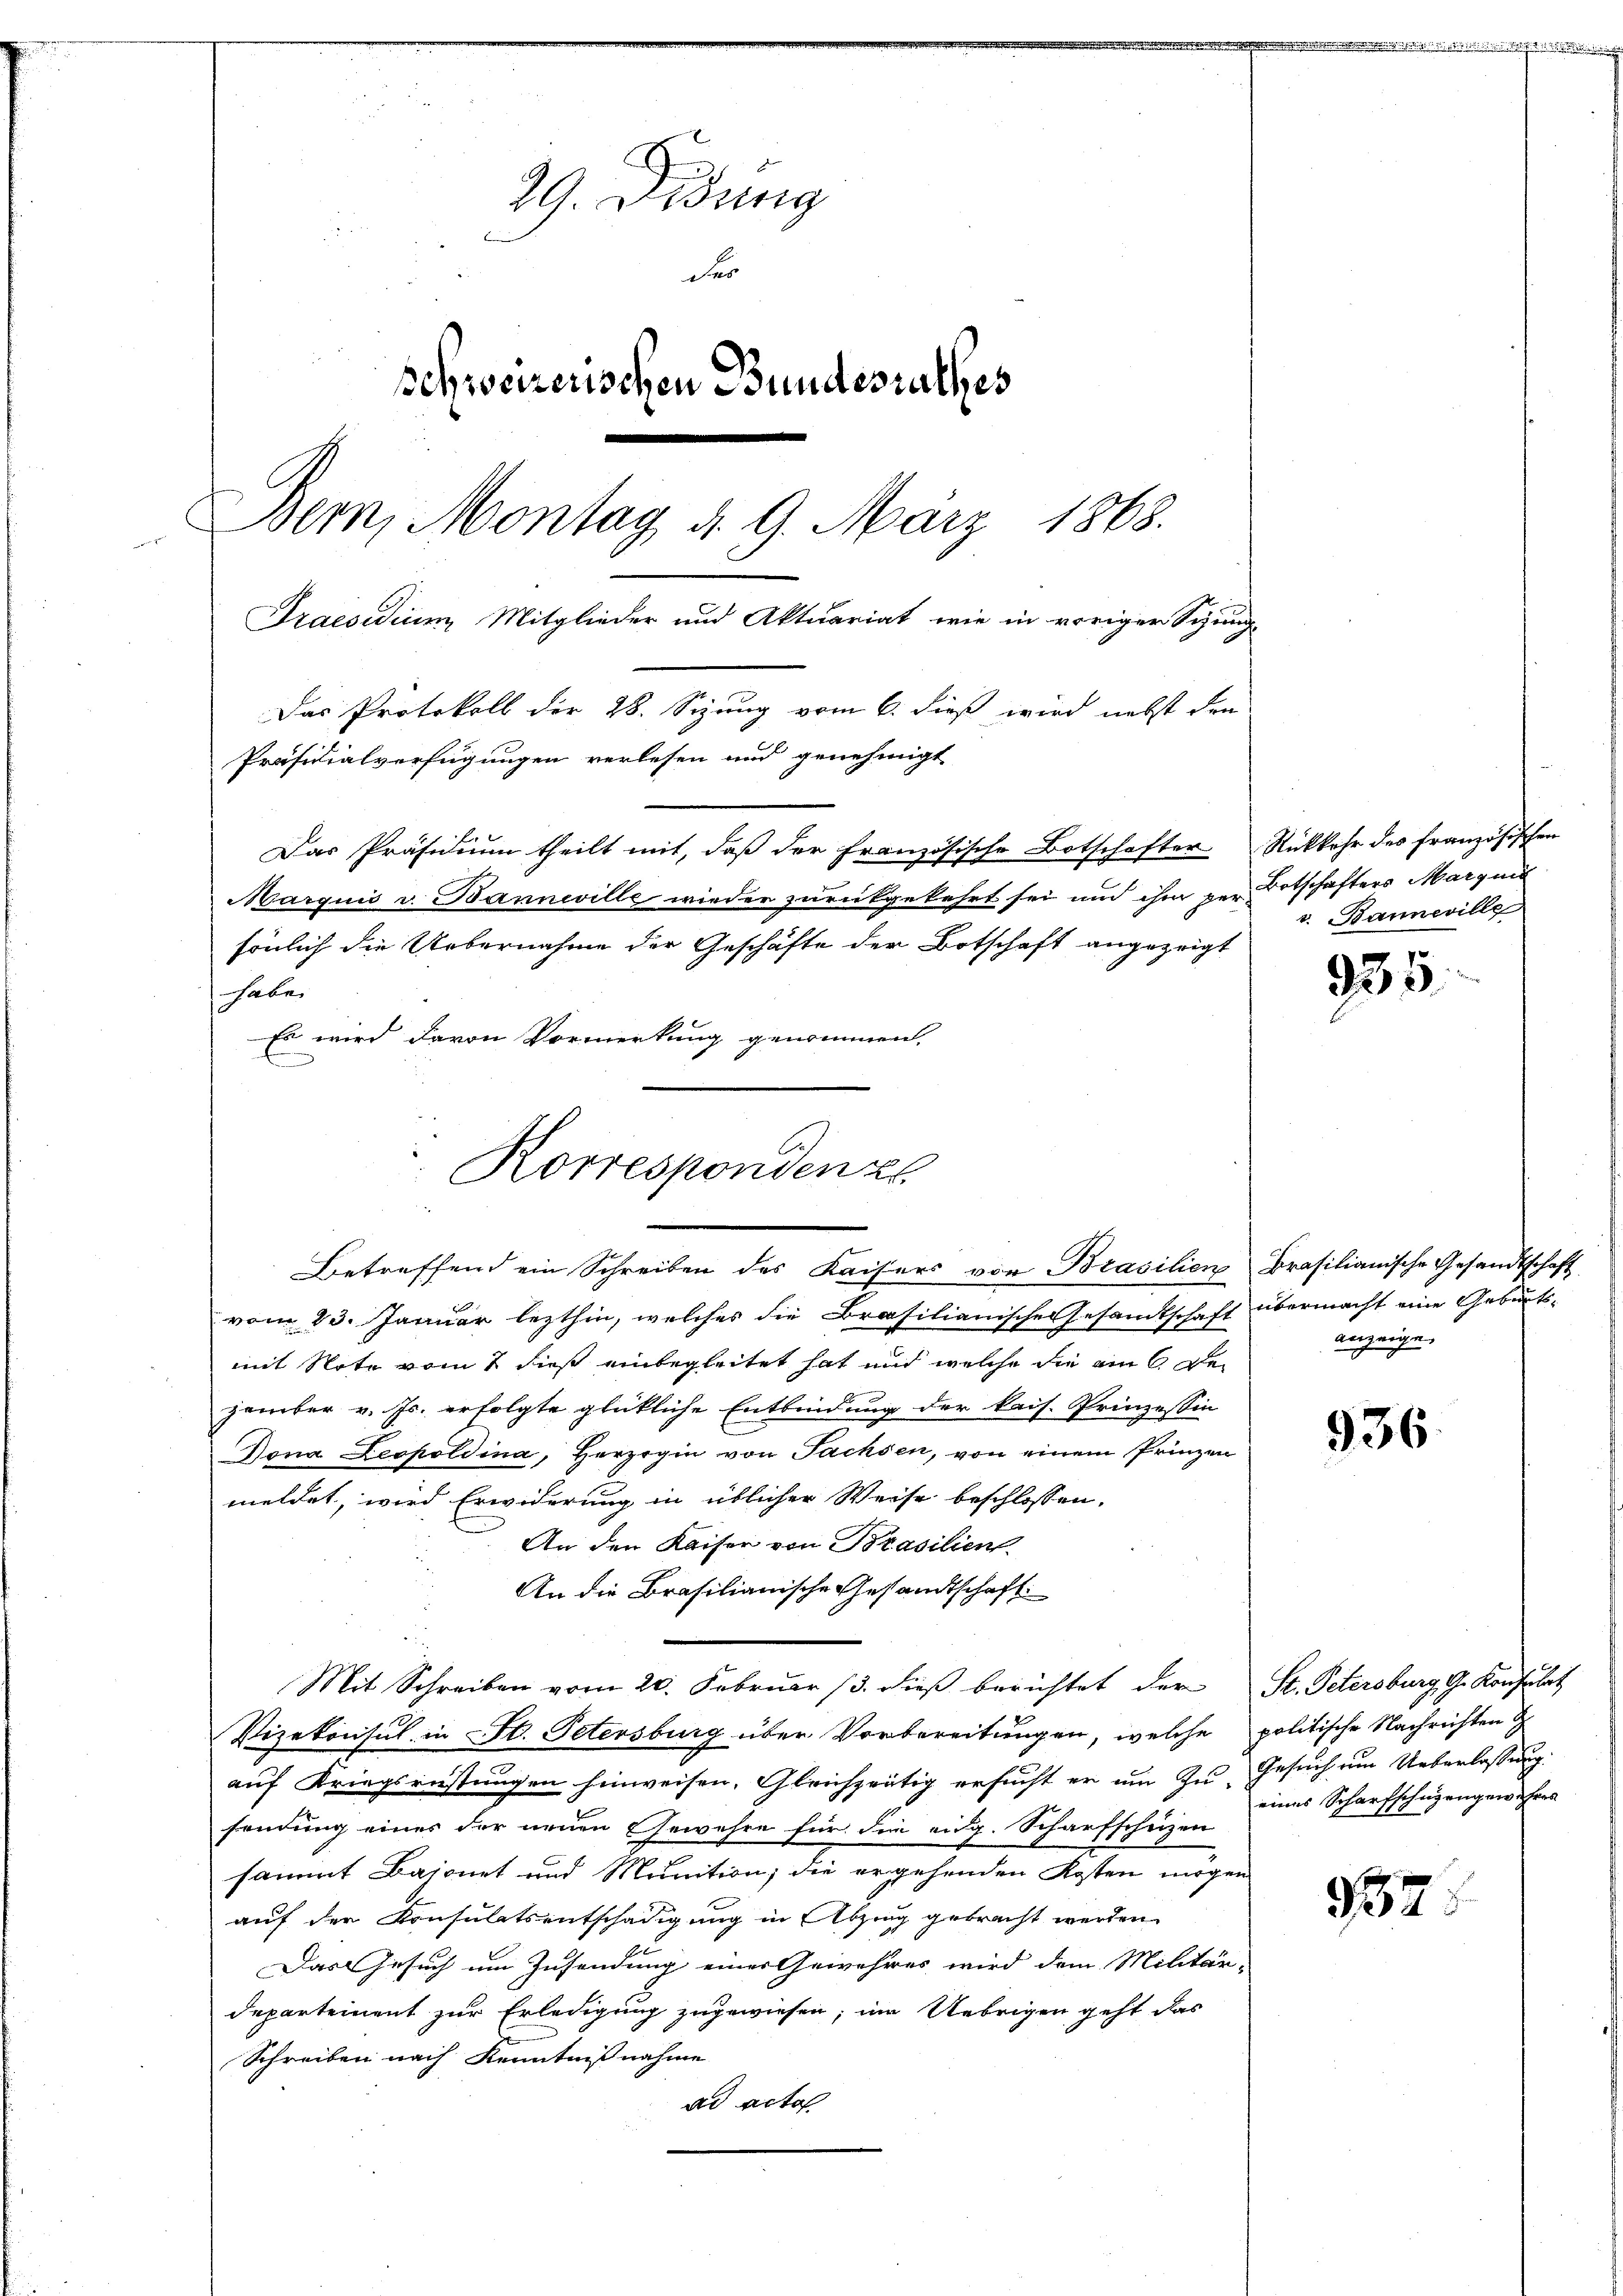
29. Didung
der
schweizerischen Bundesrathes
Bem, Montag d. 9. März 1868.
Praesidium Mitglieder und Aktuariat, wie in voriger Sitzung
Das Protokoll der 28. Sizung vom 6. dieß wird nebst den
Präsidialverfügungen verlesen und genehmigt
Das Präsidium theilt mit, daß der Französische Botschafter Rückkehr des französischen
Marquis v. Banneville wieder zurükgekehrt sei und ihm per Botschafters Margun
sönlich die Uebernahme der Geschäfte der Botschaft angezeigt

habe.
Es wird davon Vormerkung genommen.

Korresponden z
Betreffend ein Schreiben des Kaisers von Brasilien Brasilianische Gesandtschaft

vom 23. Januar lezthin, welches die Brasilianischen Gesandtschaft übermacht eine Geburtsmit Note vom 2 dieß einbegleitet hat und welche die ain gezember v. Js. erfolgte glückliche Entbindung der kais. Prinzessin
Dona Leopoldina, Herzogin von Sachsen, von einem Prinzen
meldet, wird Erwiderung in üblicher Weise beschlossen:
An den Kaiser von Brasilien.
An die Brasilianische Gesandtschaft
Mit Schreiben vom 20. Februar 13. dieβ berichtet der St. Petersburg, G. Konsulat
Vizekonsul in St. Petersburg über Vorbereitungen, welche politische Nachrichten
auf Kriegsrüstungen hinweisen. Gleichzeitig ersucht er um zu Gesuch um Ueberlassung
sendung eines der neuen Gewehre für die eidg. Scharfschuzen
sammt Bajonet und Munition; die ergehenden Kosten mögen
auf der Konsulatsentschädigung in Abzug gebracht werden
Das Gesuch um Zusendung einer Gewehres wird dem Militär-
departement zur Erledigung zugewiesen; im Uebrigen geht das
Schreiben nach Kenntnißnahme
ad acta

v. Banneville

935

anzeige.

936.

eines Scharfschüzengewehres

932